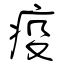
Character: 疫